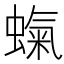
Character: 𧎵